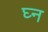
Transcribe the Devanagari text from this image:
घ्न